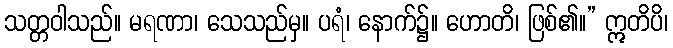
သတ္တဝါသည်။ မရဏာ၊ သေသည်မှ။ ပရံ၊ နောက်၌။ ဟောတိ၊ ဖြစ်၏။” ဣတိပိ၊